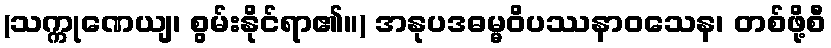
(သက္ကုဏေယျ၊ စွမ်းနိုင်ရာ၏။) အနုပဒဓမ္မဝိပဿနာဝသေန၊ တစ်ဖို့စီ